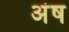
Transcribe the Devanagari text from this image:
अंष